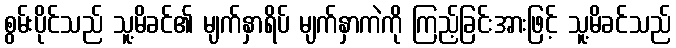
စွမ်းပိုင်သည် သူ့မိခင်၏ မျက်နှာရိပ် မျက်နှာကဲကို ကြည့်ခြင်းအားဖြင့် သူ့မိခင်သည်